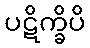
ပဋိက္ခိပိ